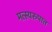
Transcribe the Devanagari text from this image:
मत्स्यरुपात